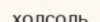
холсоль